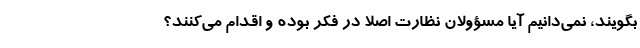
بگویند، نمی‌دانیم آیا مسؤولان نظارت اصلاً در فکر بوده و اقدام می‌کنند؟